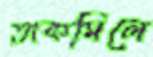
তাকমিলে